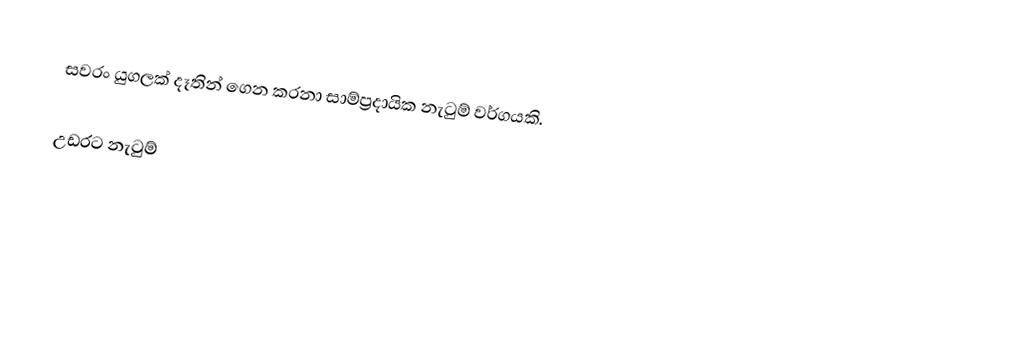
සවරං යුගලක් දෑතින් ගෙන කරනා සාම්ප්‍රදායික නැටුම් වර්ගයකි.

උඩරට නැටුම්